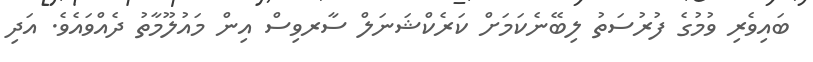
ބައިވެރި ވުމުގެ ފުރުސަތު ލިބޭނެކަމަށް ކަރެކްޝަނަލް ސާރވިސް އިން މައުލޫމާތު ދެއްވައެވެ. އަދި